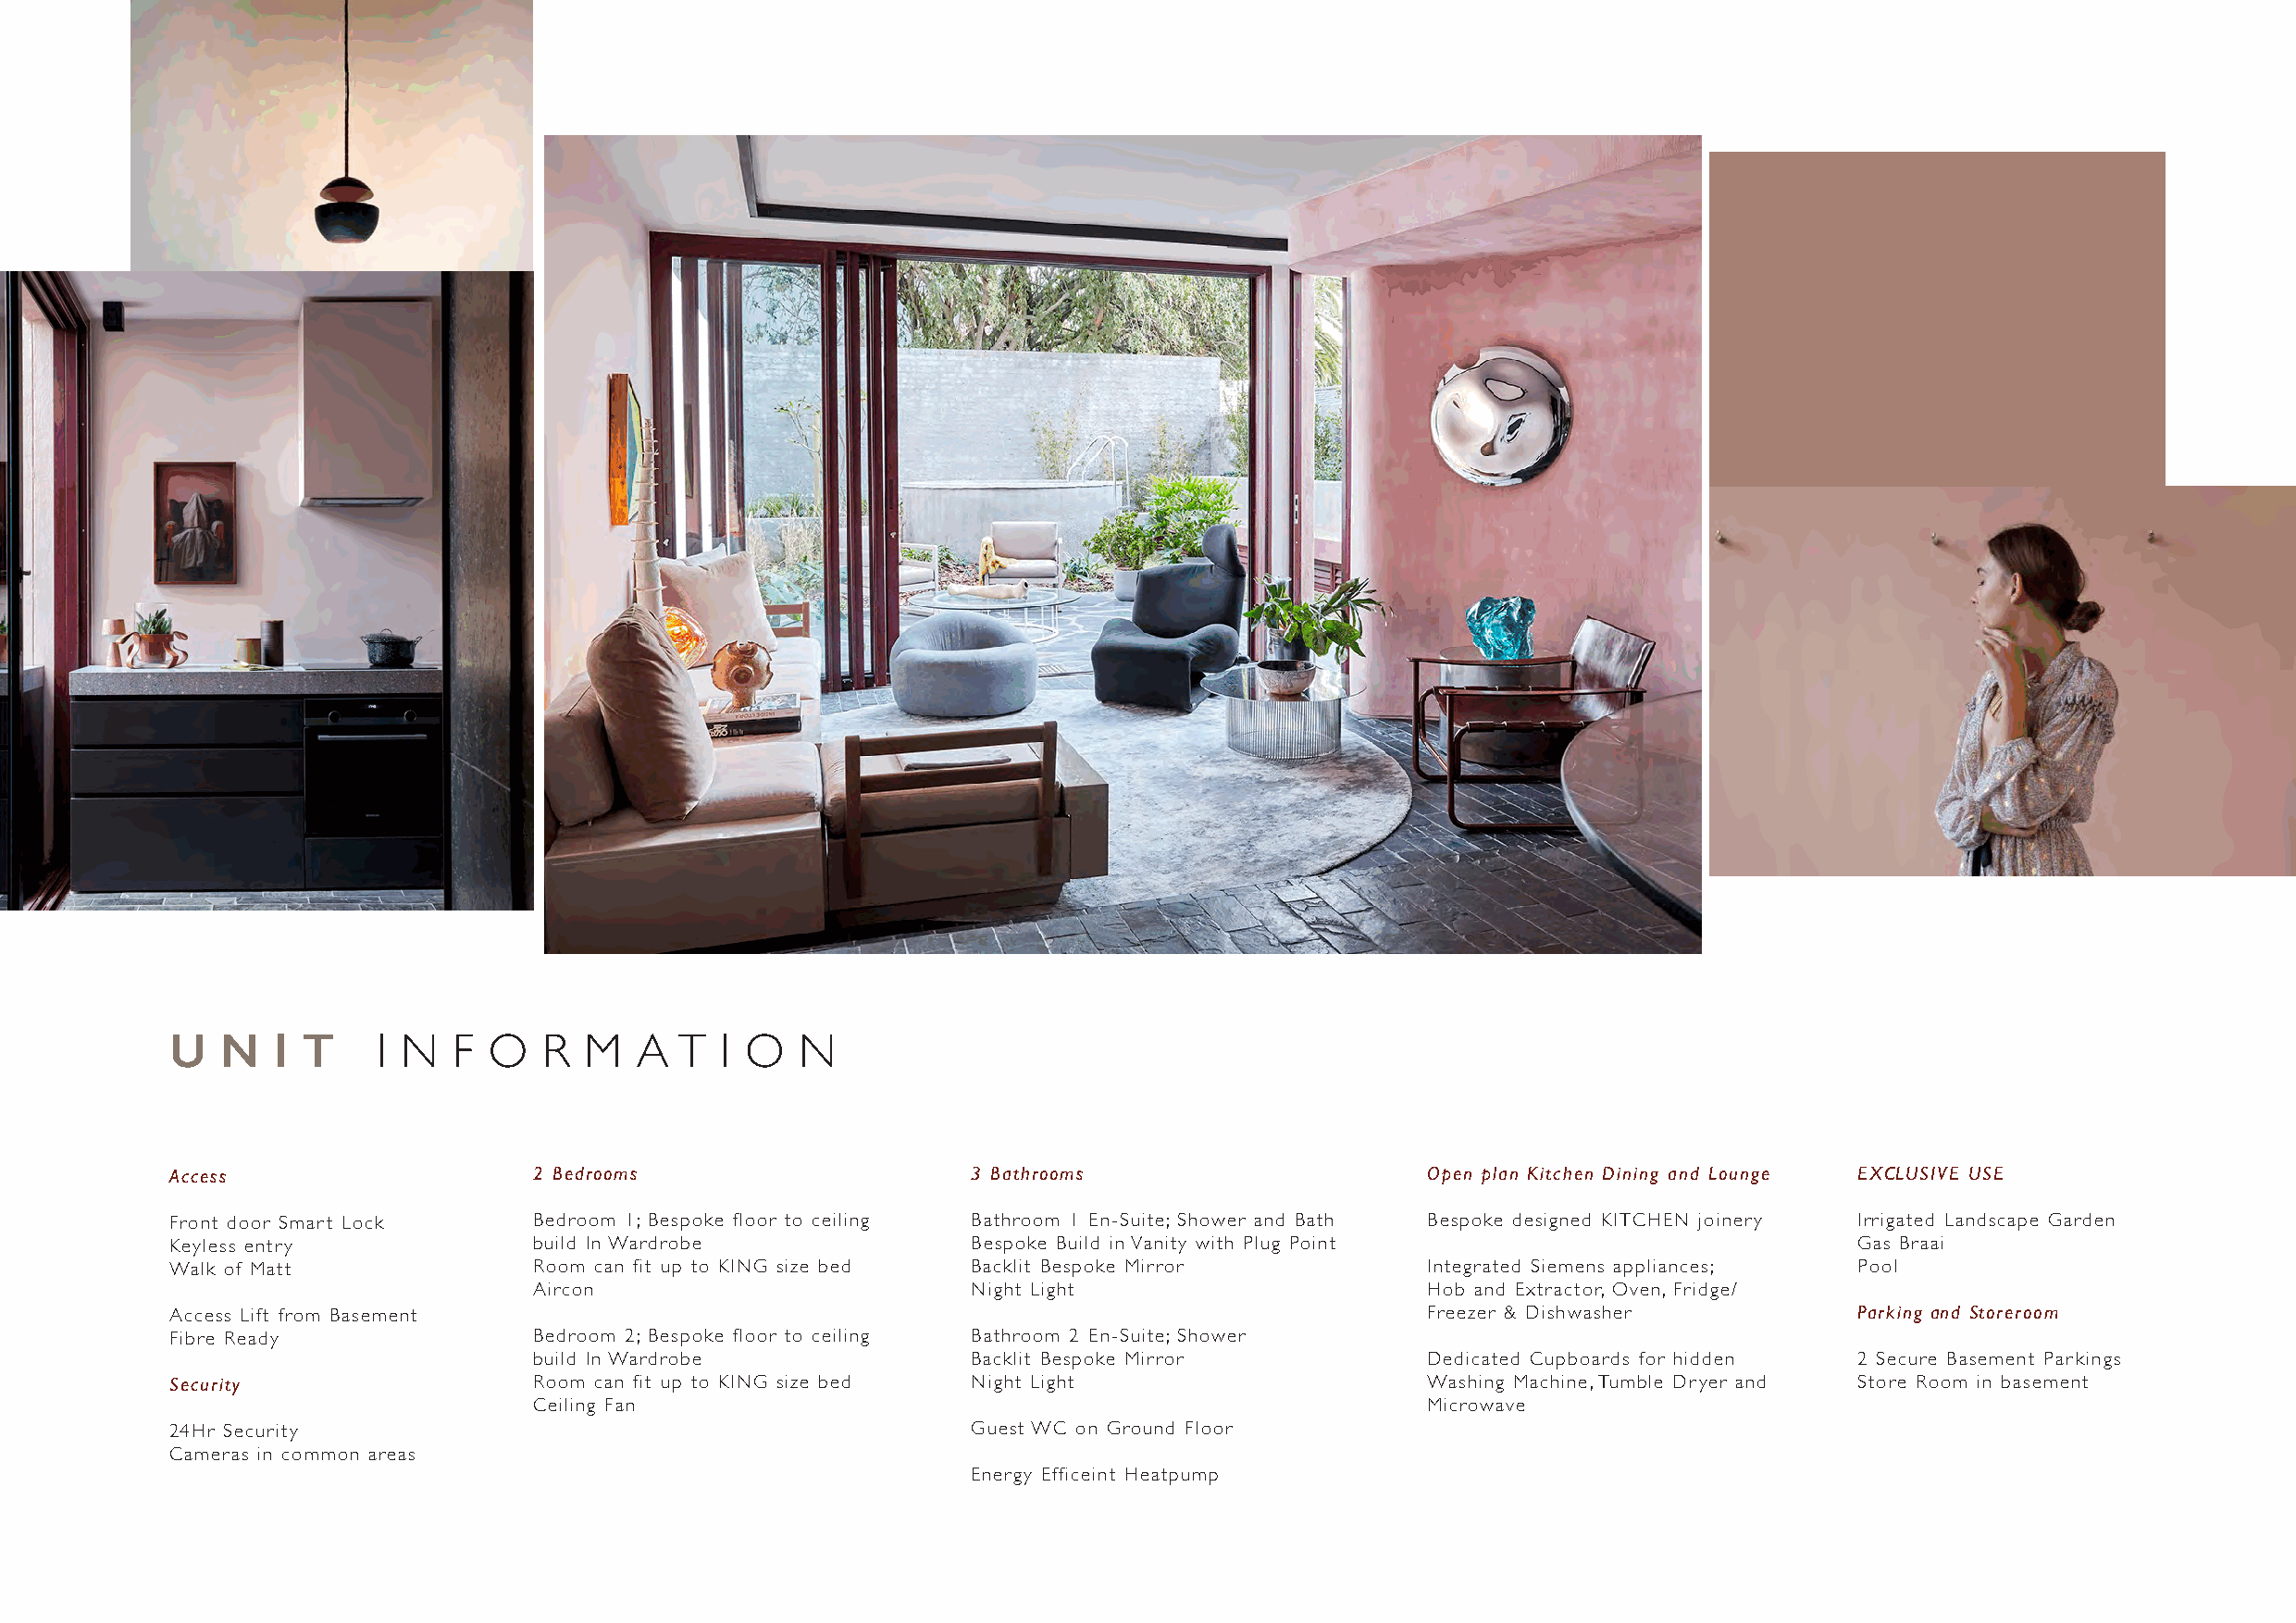
U   N   I T    I N  F  O   R  M   A  T  I O  N
 Access                    2 Bedrooms                     3 Bathrooms                      Open plan Kitchen Dining and Lounge EXCLUSIVE USE
 Front door Smart Lock     Bedroom 1; Bespoke floor to ceiling Bathroom 1 En-Suite; Shower and Bath Bespoke designed KITCHEN joinery Irrigated Landscape Garden
 Keyless entry             build In Wardrobe              Bespoke Build in Vanity with Plug Point                         Gas Braai
 Walk of Matt              Room can fit up to KING size bed Backlit Bespoke Mirror         Integrated Siemens appliances; Pool
 Aircon                         Night Light                      Hob and Extractor, Oven, Fridge/
 Access Lift from Basement                                                                 Freezer & Dishwasher           Parking and Storeroom
 Fibre Ready               Bedroom 2; Bespoke floor to ceiling Bathroom 2 En-Suite; Shower
 build In Wardrobe              Backlit Bespoke Mirror           Dedicated Cupboards for hidden 2 Secure Basement Par kings
 Security                  Room can fit up to KING size bed Night Light                    Washing Machine, Tumble Dryer and Store Room in basement
 Ceiling Fan                                                     Microwave
 24Hr Security                                            Guest WC on Ground Floor
 Cameras in common areas
 Energy Efficeint Heatpump